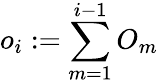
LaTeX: o_{i}:=\sum_{m=1}^{i-1}O_{m}